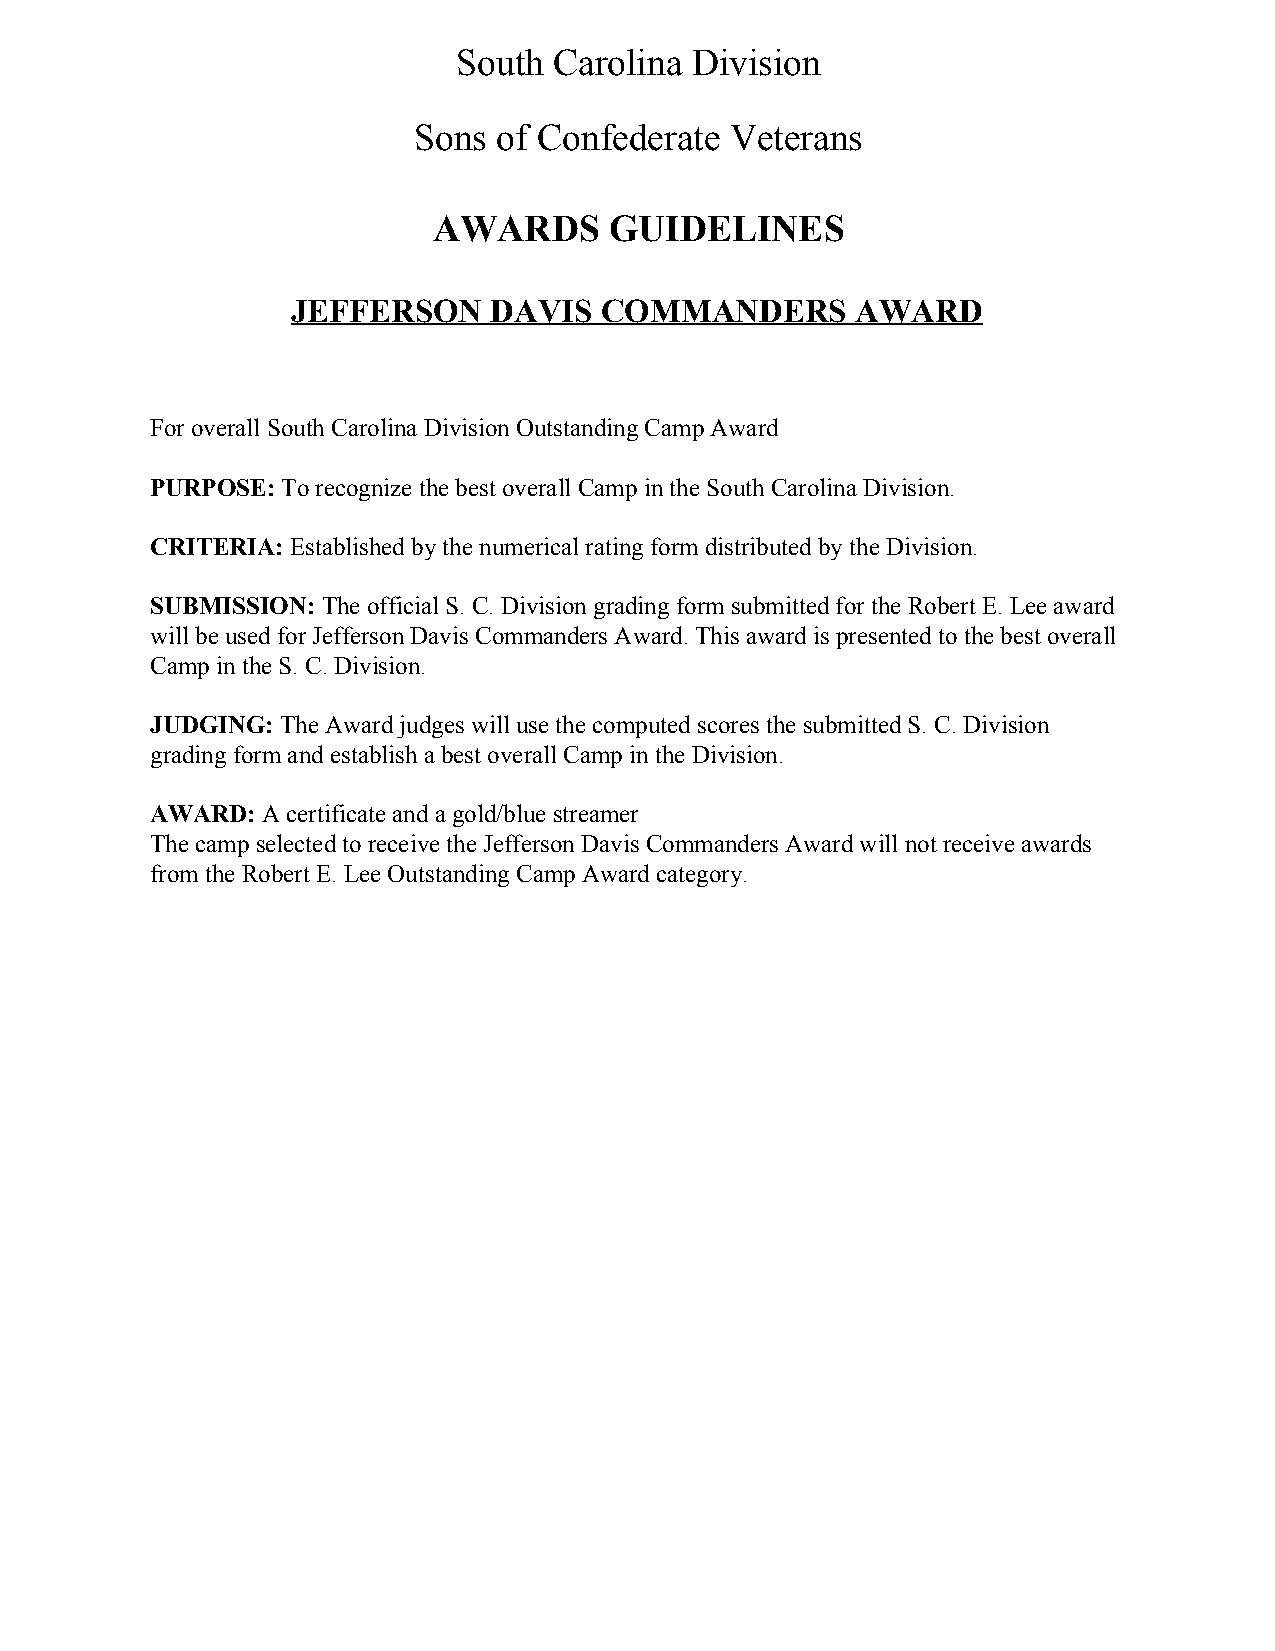
South  Carolina Division
 Sons  of Confederate Veterans
 AWARDS     GUIDELINES
 JEFFERSON    DAVIS   COMMANDERS       AWARD
 For overall South Carolina Division Outstanding Camp Award
 PURPOSE: To recognize the best overall Camp in the South Carolina Division.
 ​
 CRITERIA: Established by the numerical rating form distributed by the Division.
 ​
 SUBMISSION: The official S. C. Division grading form submitted for the Robert E. Lee award
 ​
 will be used for Jefferson Davis Commanders Award. This award is presented to the best overall
 Camp in the S. C. Division.
 JUDGING: The Award judges will use the computed scores the submitted S. C. Division
 ​
 grading form and establish a best overall Camp in the Division.
 AWARD: A certificate and a gold/blue streamer
 ​
 The camp selected to receive the Jefferson Davis Commanders Award will not receive awards
 from the Robert E. Lee Outstanding Camp Award category.